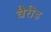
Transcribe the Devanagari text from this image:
वैरीड